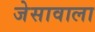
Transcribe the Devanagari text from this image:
जेसावाला